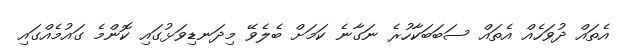
އެތައް ދުވަހެއް އެތައް ސަބަބަކާހުރެ ނަގާނެ ކަމަށް ބެލެވޭ މިދަނޑިވަޅުގައި ކޮންމެ ގައުމެއްގައި